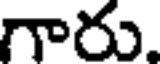
గారు.